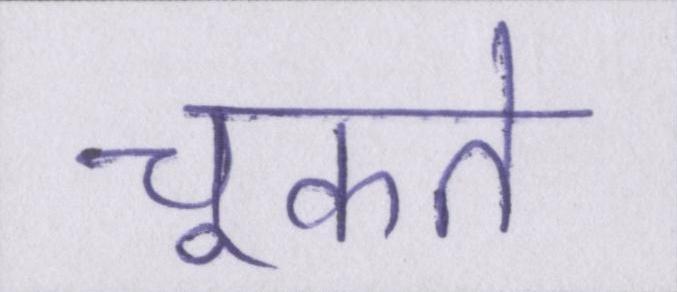
चूकते